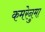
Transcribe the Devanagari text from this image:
कमरेनुमा